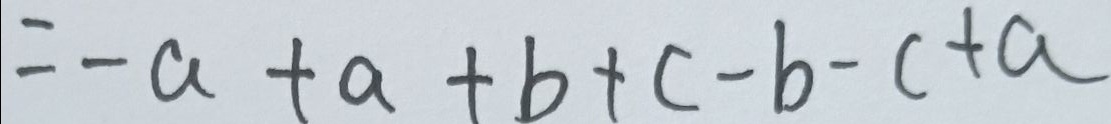
= - a + a + b + c - b - c + a